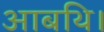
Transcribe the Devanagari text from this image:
आबथि।